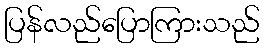
ပြန်လည်ပြောကြားသည်